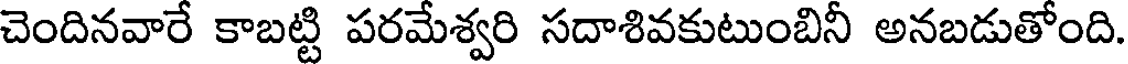
చెందినవారే కాబట్టి పరమేశ్వరి సదాశివకుటుంబినీ అనబడుతోంది